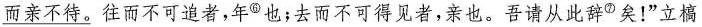
\underline{而亲不待。}往而不可追者，年^{⑥}也；去而不可得见者，亲也。吾请从此辞^{⑦}矣！”立槁